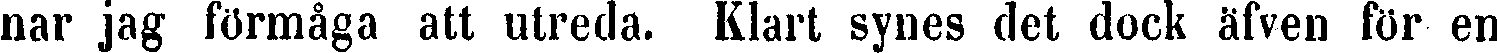
nar jag förmåga att utreda. Klart synes det dock äfven för en